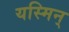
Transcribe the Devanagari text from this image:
यस्मिन्‌